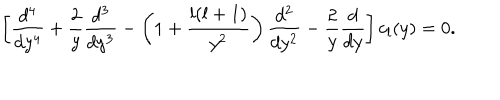
\left[ { \frac { d ^ { 4 } } { d y ^ { 4 } } } + { \frac { 2 } { y } } { \frac { d ^ { 3 } } { d y ^ { 3 } } } - \left( 1 + { \frac { l ( l + 1 ) } { y ^ { 2 } } } \right) { \frac { d ^ { 2 } } { d y ^ { 2 } } } - { \frac { 2 } { y } } { \frac { d } { d y } } \right] c _ { l } ( y ) = 0 .